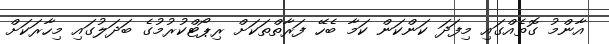
އާންމު ގޮތެއްގައި މިފަދަ ކަންކަން ކަމާ ބެހޭ ފަރާތްތަކަށް ރިޕޯޓްކުރުމުގެ ބަދަލުގައި މިހާރަކަށް